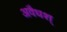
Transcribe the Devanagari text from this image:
अवैधश्